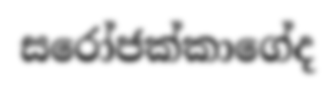
සරෝජක්කාගේද